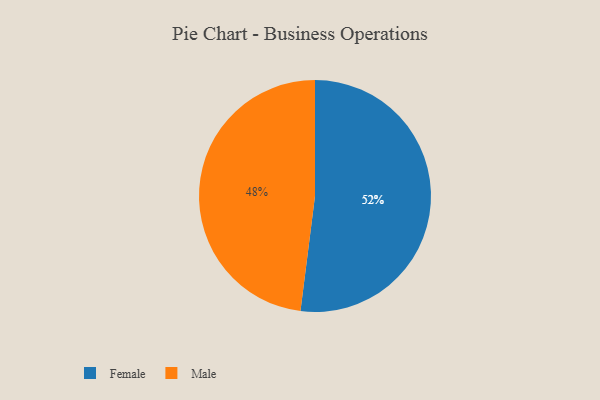
{"axis": {"x": "Category", "y": "Percentage"}, "legend": ["Female", "Male"], "data": [{"x": "Male", "y": 48, "type": "Male"}, {"x": "Female", "y": 52, "type": "Female"}]}